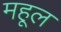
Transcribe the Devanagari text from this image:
महूल